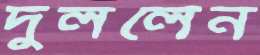
দুললেন